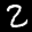
Label: 2